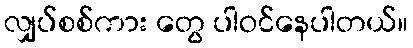
လျှပ်စစ်ကား တွေ ပါဝင်နေပါတယ်။